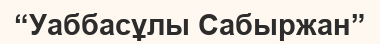
“Уаббасұлы Сабыржан”